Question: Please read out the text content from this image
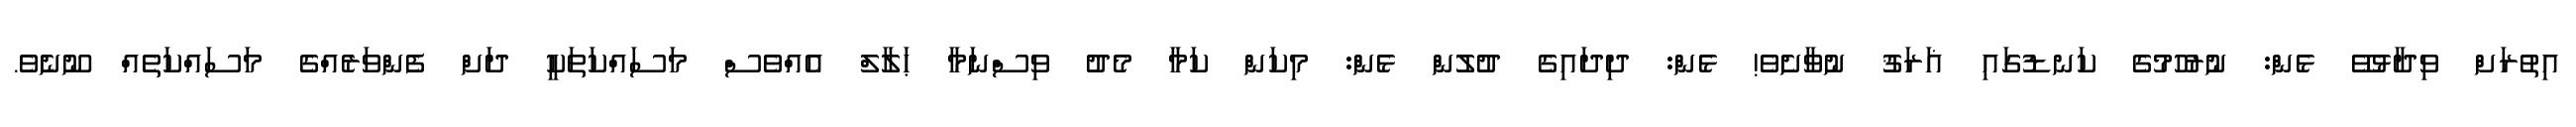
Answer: އިތުރަށް ވިދާޅުވޭ ޅެން: ނުރުހުމުގެ ކަނޑުގައި ޣަރަޤު ނުވާށެވެ! ޅެން: ދިދައިގެ ދުލުން ޅެން: މިކަން ކަމާ މެދު ވިސްނަމާ ޙަލާލް އެއްވެސް މަސައްކަތަކީ ދަށް ފެންވަރެއްގެ މަސައްކަތެއް ނޫނެވެ.